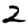
Digit: 2